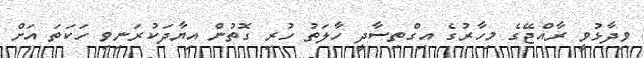
ވިދާޅުވީ ރާއްޖޭގެ މިހާރުގެ އިގްތިސާދީ ހާލަތު ހުރި ގޮތުން އިޔާދަކުރަނިވި ހަކަތަ އަށް